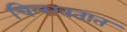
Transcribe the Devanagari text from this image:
चिलखतात